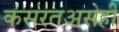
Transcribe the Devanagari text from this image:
कसरतअसेही